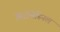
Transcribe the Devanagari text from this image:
मिरोमेस्निल